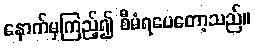
နောက်မှကြည့်၍ စီမံရပေတော့သည်။